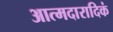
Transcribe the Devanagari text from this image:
आत्मदारादिकं